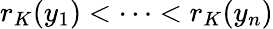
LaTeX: r_{K}(y_{1})<\dots<r_{K}(y_{n})